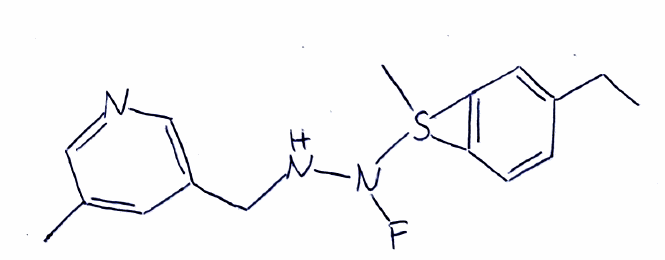
Simplified molecular-input line-entry system (SMILES) notation of the given molecule:
CCC1=CC2=C(S2(C)N(NCC3=CN=CC(=C3)C)F)C=C1